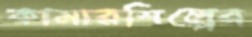
কামারশিল্পের